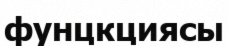
фунцкциясы